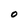
Character: O